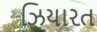
ઝિયારત